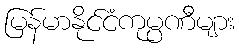
မြန်မာနိုင်ငံကုမ္ပဏီများ